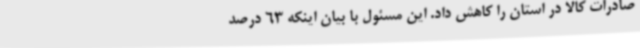
صادرات کالا در استان را کاهش داد. این مسئول با بیان اینکه 63 درصد